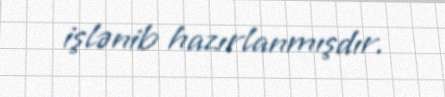
işlənib hazırlanmışdır.